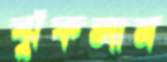
ঝুঁকলাম